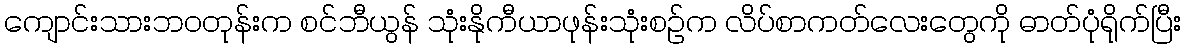
ကျောင်းသားဘဝတုန်းက စင်ဘီယွန် သုံးနိုကီယာဖုန်းသုံးစဉ်က လိပ်စာကတ်လေးတွေကို ဓာတ်ပုံရိုက်ပြီး